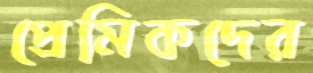
প্রেমিকদের